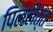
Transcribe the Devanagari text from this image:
पिललैत्त